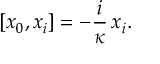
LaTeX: [ x _ { 0 } , x _ { i } ] = - \frac { i } \kappa \, x _ { i } .